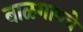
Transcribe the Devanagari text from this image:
बाळगायचे